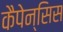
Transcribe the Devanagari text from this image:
कैपेन्सिस